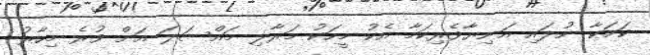
ކަމަކާ ނުލައި އަނިޔާވެރިކަމާ އެކު މީހަކު މަރާލި މައްސަލަ އަށް ވުރެ މިހާރު